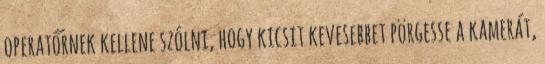
operatőrnek kellene szólni, hogy kicsit kevesebbet pörgesse a kamerát,